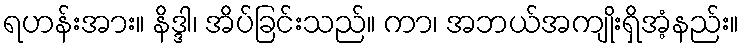
ရဟန်းအား။ နိဒ္ဒါ၊ အိပ်ခြင်းသည်။ ကာ၊ အဘယ်အကျိုးရှိအံ့နည်း။